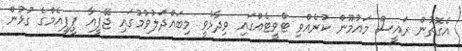
އެގޮތުން ރައީސް މައުމޫން ކުރެއްވި ޓްވީޓެއްގައި ވިދާޅުވީ މިބައްދަލުވުމުގައި ޖޭޕީއާ ޕީޕީއެމްގެ ގުޅުން